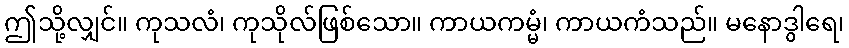
ဤသို့လျှင်။ ကုသလံ၊ ကုသိုလ်ဖြစ်သော။ ကာယကမ္မံ၊ ကာယကံသည်။ မနောဒွါရေ၊